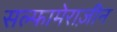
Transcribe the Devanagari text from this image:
सल्फामेराज़ीन